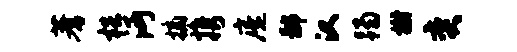
蓍梏沔摘携庵鄙汉躅榭奕